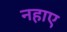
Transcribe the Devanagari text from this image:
नहाए